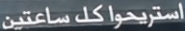
استريحاكل ساعتين